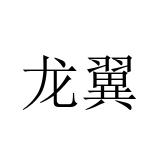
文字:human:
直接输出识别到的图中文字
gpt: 龙翼